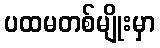
ပထမတစ်မျိုးမှာ